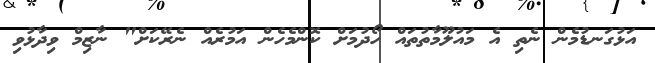
އަޅުގަނޑުމެން ނެތި އެ މައުލޫމާތުތައް ހޯދުމަށް ކޮންމެހެން އަމުރެއް ނެރޭކަށް" ނާޒިމް ވިދާޅުވި